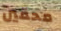
محقين